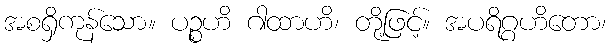
အစရှိကုန်သော။ ပဉ္စဟိ ဂါထာဟိ၊ တို့ဖြင့်။ အပရိဂ္ဂဟိတော၊